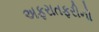
અફરાતફરીનો